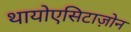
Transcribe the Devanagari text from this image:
थायोएसिटाज़ोन